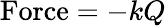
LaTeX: \mathrm{Force}=-kQ